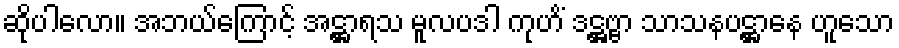
ဆိုပါလော။ အဘယ်ကြောင့် အဋ္ဌာရသ မူလပဒါ ကုဟိံ ဒဋ္ဌဗ္ဗာ သာသနပဋ္ဌာနေ ဟူသော